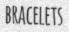
BRACELETS